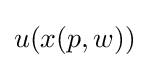
u(x(p,w))